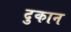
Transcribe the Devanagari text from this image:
दुकान